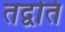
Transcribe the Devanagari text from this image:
तद्वति